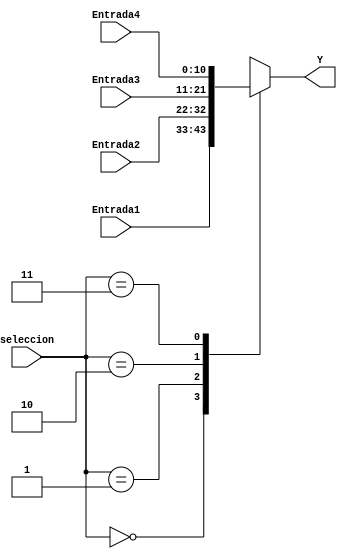
`timescale 1ns / 1ps
//////////////////////////////////////////////////////////////////////////////////
// Instituto Tecnologico de Costa Rica
// Laboratorio de diseo de sistemas digital
// Profesor: Alfonso Chacon
//
// Estudiantes:
// Edgar Solera Bolaos
// Diego Salazar Sibaja 
//
// Control de mquina contra incendios
////////////////////////////////////////////////////////////////////////////////// 
module MUX
#(parameter N=10)
(
input [1:0]seleccion,
input [N:0] Entrada1,
input [N:0] Entrada2,
input [N:0] Entrada3,
input [N:0] Entrada4,
output reg [N:0] Y
    );
localparam A= 2'b00, B= 2'b01, C= 2'b10, D= 2'b11;
	 always@ *
	 case(seleccion)
	 A:
	 Y=Entrada1;
	 B:
	 Y=Entrada2;
	 C:
	 Y=Entrada3;
	 D:
	 Y=Entrada4;
	 endcase


endmodule